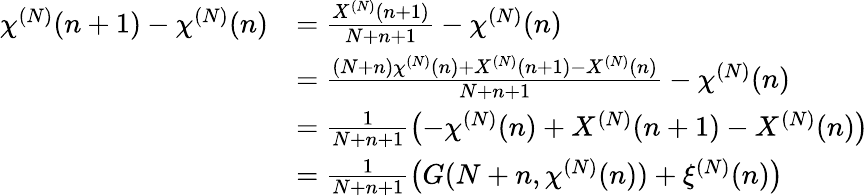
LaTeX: \begin{array}{rl}{\chi^{(N)}(n+1)-\chi^{(N)}(n)}&{=\frac{X^{(N)}(n+1)}{N+n+1}-\chi^{(N)}(n)}\\ &{=\frac{(N+n)\chi^{(N)}(n)+X^{(N)}(n+1)-X^{(N)}(n)}{N+n+1}-\chi^{(N)}(n)}\\ &{=\frac{1}{N+n+1}\left(-\chi^{(N)}(n)+X^{(N)}(n+1)-X^{(N)}(n)\right)}\\ &{=\frac{1}{N+n+1}\left(G(N+n,\chi^{(N)}(n))+\xi^{(N)}(n)\right)}\end{array}